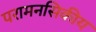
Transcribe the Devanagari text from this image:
परामनसिकीय